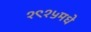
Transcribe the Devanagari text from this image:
१९१५मधे